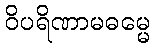
ဝိပရိဏာမဓမ္မေ